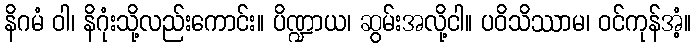
နိဂမံ ဝါ၊ နိဂုံးသို့လည်းကောင်း။ ပိဏ္ဍာယ၊ ဆွမ်းအလို့ငါ။ ပဝိသိဿာမ၊ ဝင်ကုန်အံ့။